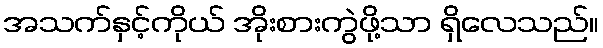
အသက်နှင့်ကိုယ် အိုးစားကွဲဖို့သာ ရှိလေသည်။